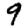
Digit: 9